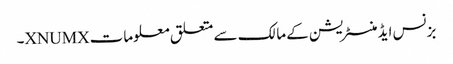
بزنس ایڈمنسٹریشن کے مالک سے متعلق معلومات XNUMX۔